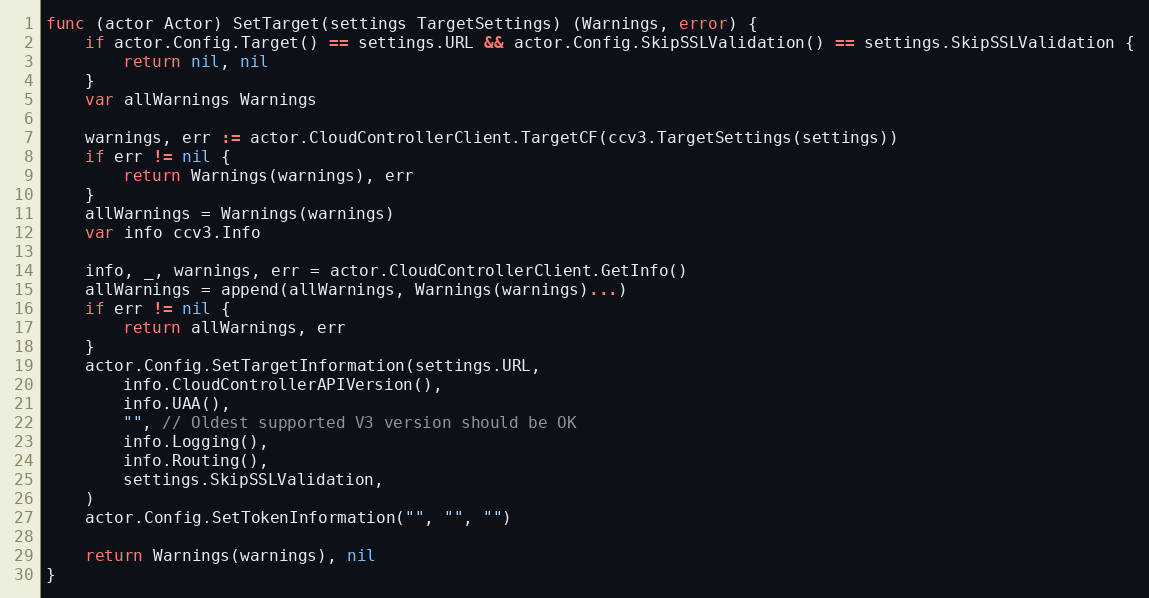
Language: Go
func (actor Actor) SetTarget(settings TargetSettings) (Warnings, error) {
	if actor.Config.Target() == settings.URL && actor.Config.SkipSSLValidation() == settings.SkipSSLValidation {
		return nil, nil
	}
	var allWarnings Warnings

	warnings, err := actor.CloudControllerClient.TargetCF(ccv3.TargetSettings(settings))
	if err != nil {
		return Warnings(warnings), err
	}
	allWarnings = Warnings(warnings)
	var info ccv3.Info

	info, _, warnings, err = actor.CloudControllerClient.GetInfo()
	allWarnings = append(allWarnings, Warnings(warnings)...)
	if err != nil {
		return allWarnings, err
	}
	actor.Config.SetTargetInformation(settings.URL,
		info.CloudControllerAPIVersion(),
		info.UAA(),
		"", // Oldest supported V3 version should be OK
		info.Logging(),
		info.Routing(),
		settings.SkipSSLValidation,
	)
	actor.Config.SetTokenInformation("", "", "")

	return Warnings(warnings), nil
}